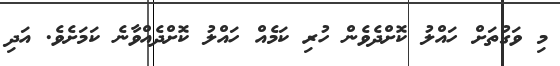
މި ވަގުތަށް ހައްލު ކޮށްދެވެން ހުރި ކަމެއް ހައްލު ކޮށްދެއްވާނެ ކަމަށެވެ. އަދި